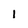
Character: l